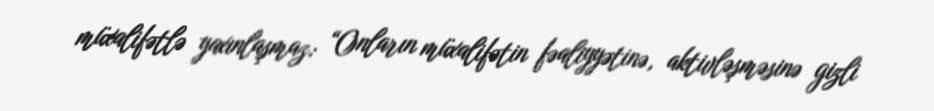
müxalifətlə yaxınlaşmaz: “Onların müxalifətin fəaliyyətinə, aktivləşməsinə gizli